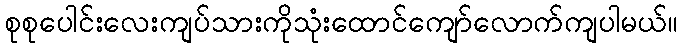
စုစုပေါင်းလေးကျပ်သားကိုသုံးထောင်ကျော်လောက်ကျပါမယ်။